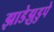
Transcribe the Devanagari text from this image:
झाडेझुडुपे